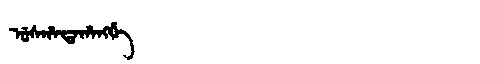
Manchu: ᡠᠰᡥᠠᡨᠠᡥᠠᠩᡤᡝ
Romanization: USHATAHANGGE